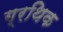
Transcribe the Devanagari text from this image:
ग्रथिक